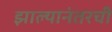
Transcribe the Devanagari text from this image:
झाल्यानंतरची